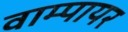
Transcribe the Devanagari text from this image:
वाम्पायर